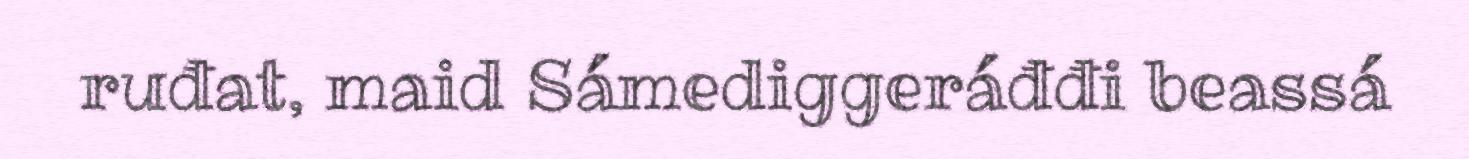
ruđat, maid Sámediggeráđđi beassá